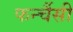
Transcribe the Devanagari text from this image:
फर्न्चैसी